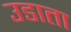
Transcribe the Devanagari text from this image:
उडाता